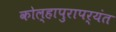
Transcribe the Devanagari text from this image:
कोल्हापुरापर्यंत